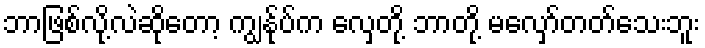
ဘာဖြစ်လို့လဲဆိုတော့ ကျွန်ုပ်က လှေတို့ ဘာတို့ မလှော်တတ်သေးဘူး